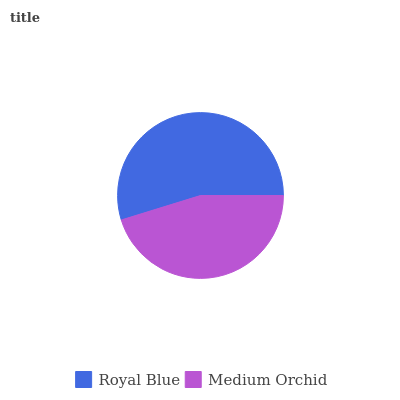
| Royal Blue | Medium Orchid |
 | --- | --- |
 | 54.8% | 45.2% |